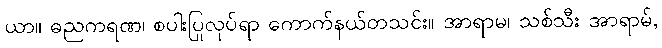
ယာ။ ဓညကရဏ၊ စပါးပြုလုပ်ရာ ကောက်နယ်တသင်း။ အာရာမ၊ သစ်သီး အာရာမ်,